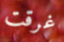
غرقت